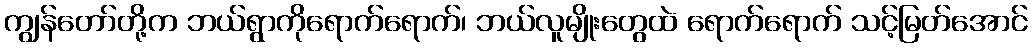
ကျွန်တော်တို့က ဘယ်ရွာကိုရောက်ရောက်၊ ဘယ်လူမျိုးတွေထဲ ရောက်ရောက် သင့်မြတ်အောင်